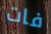
فات